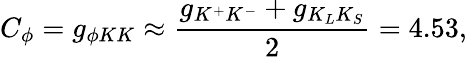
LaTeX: C_{\phi}=g_{\phi KK}\approx\frac{g_{K^{+}K^{-}}+g_{K_{L}K_{S}}}{2}=4.53,